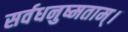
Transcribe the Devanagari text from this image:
सर्वधनुष्मताम्‌।